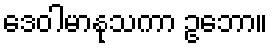
ဒေဝါမာနုသကာ ဥဘော။